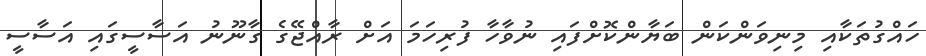
ހައްގުތަކާއި މިނިވަންކަން ބަޔާންކޮށްފައި ނުވާހާ ފުރިހަމަ އަށް ރާއްޖޭގެ ގާނޫނު އަސާސީގައި އަސާސީ